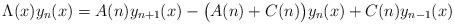
LaTeX: \begin{align*}\Lambda ( x) y_n(x) = A(n) y_{n+1}(x) - \bigl( A(n) + C(n)\bigr) y_n(x) + C(n) y_{n-1}(x)\end{align*}